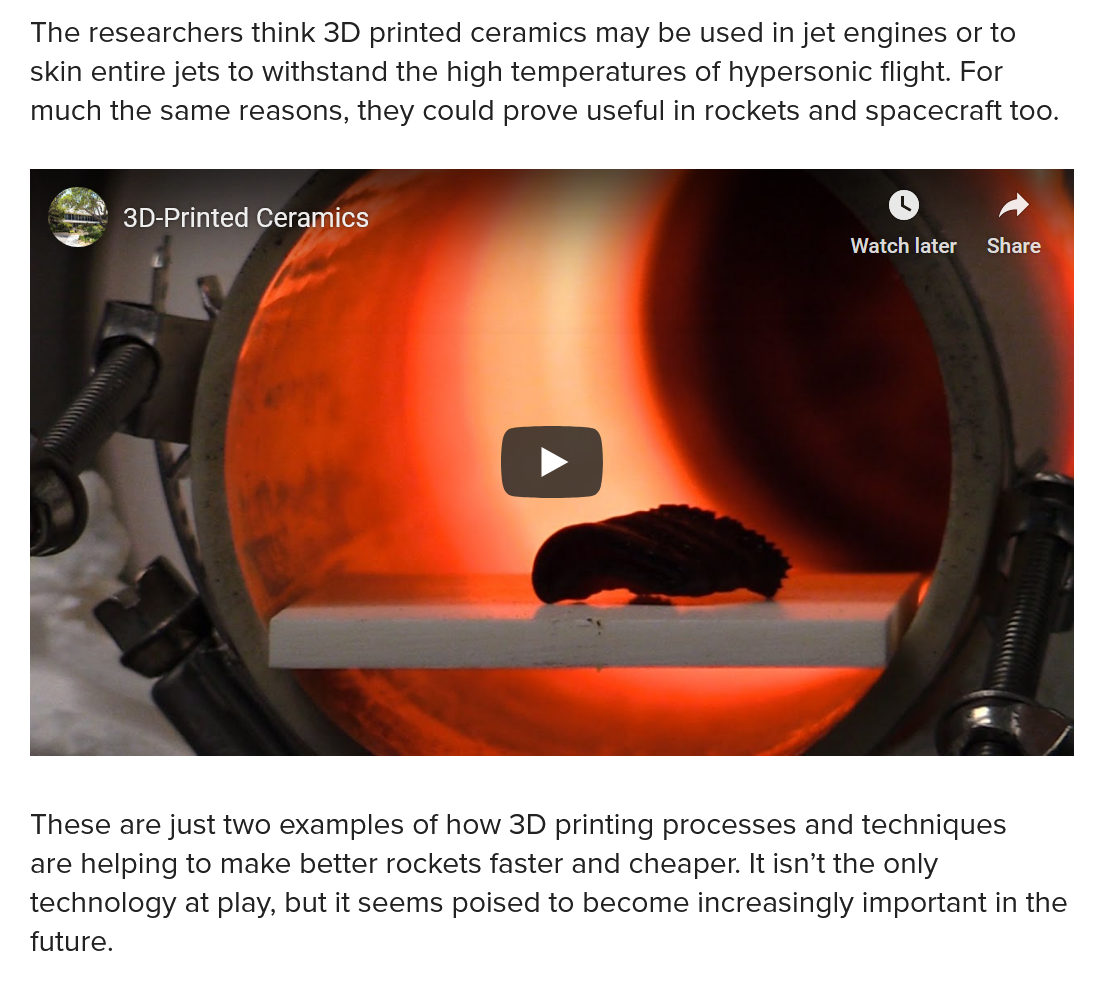
The researchers think 3D printed ceramics may be used in jet engines or to
   skin entire jets to withstand the high temperatures of hypersonic flight. For
   much the same reasons, they could prove useful in rockets and spacecraft too.
     Watch later

     lad
     Share
     —
     on,
     \
     i.) Cade
     el
   These are just two examples of how 3D printing processes and techniques
   are helping to make better rockets faster and cheaper. It isn’t the only
  technology at play, but it seems poised to become increasingly important in the
  future.